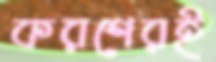
করণেরই